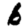
Digit: 6